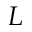
L